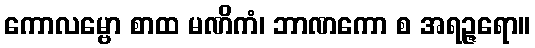
ကောလမ္ဗော စာထ မဏိကံ၊ ဘာဏကော စ အရဉ္ဇရော။